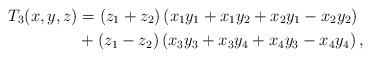
LaTeX: \begin{align*}T_{3}(x,y,z)& =(z_{1}+z_{2})\left(x_{1}y_{1}+x_{1}y_{2}+x_{2}y_{1}-x_{2}y_{2}\right) \\& +(z_{1}-z_{2})\left( x_{3}y_{3}+x_{3}y_{4}+x_{4}y_{3}-x_{4}y_{4}\right) ,\end{align*}